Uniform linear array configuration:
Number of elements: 64
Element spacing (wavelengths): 0.75
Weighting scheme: hann
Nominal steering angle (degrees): -15
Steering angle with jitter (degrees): -14.331
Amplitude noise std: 0.05
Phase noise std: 0.05

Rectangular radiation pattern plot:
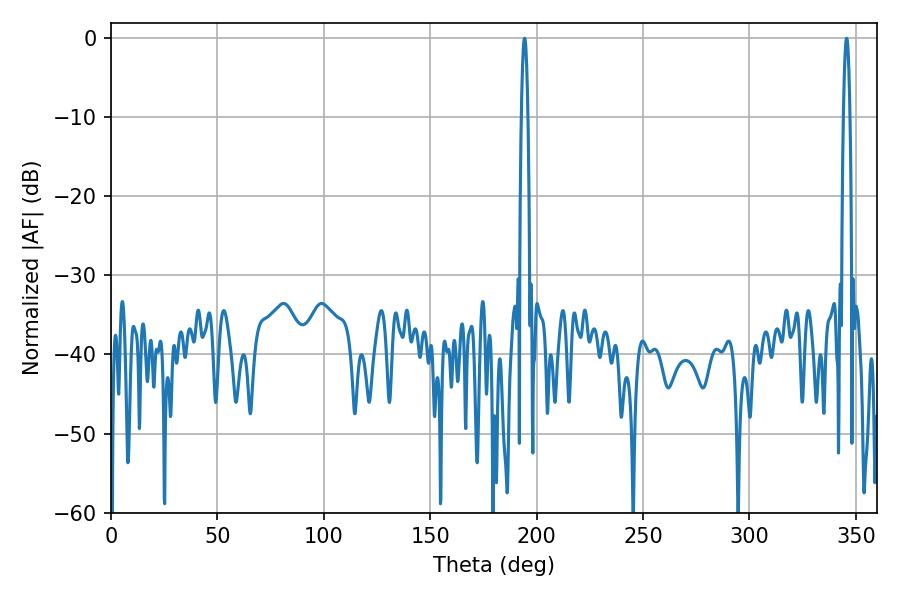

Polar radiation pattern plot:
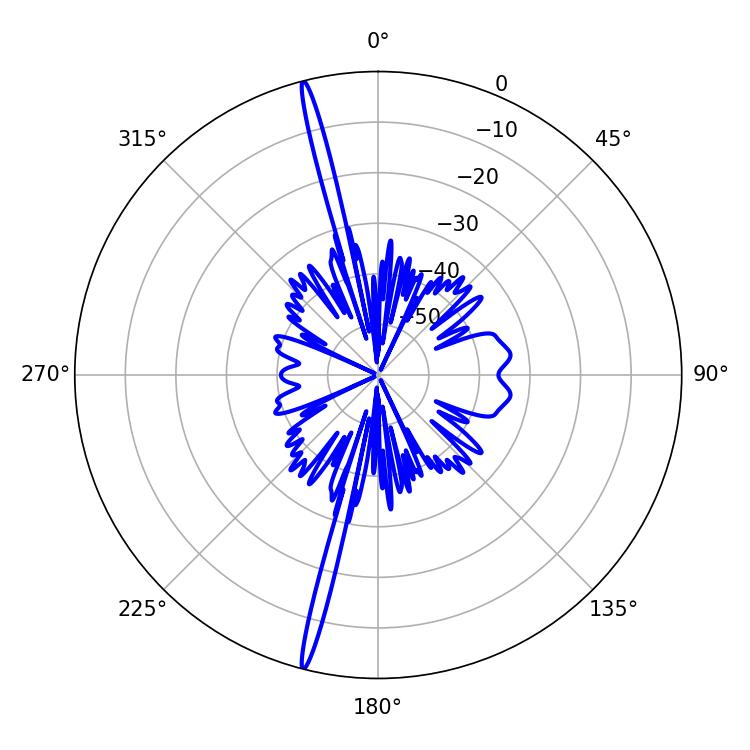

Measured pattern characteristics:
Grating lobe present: TRUE
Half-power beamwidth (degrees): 1.62
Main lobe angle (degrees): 345.6